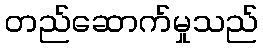
တည်ဆောက်မှုသည်